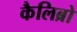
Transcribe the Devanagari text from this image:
कैलिब्रो